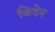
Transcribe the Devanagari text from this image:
बिदेन